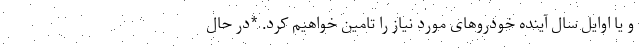
و یا اوایل سال آینده خودروهای مورد نیاز را تامین خواهیم کرد. *در حال